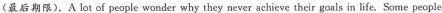
(最后期限).A lot of people wonder why they never achieve their goals in life.Some people